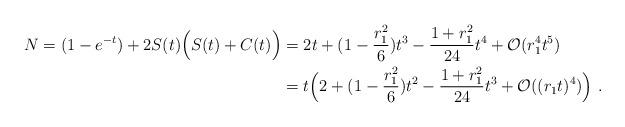
LaTeX: \begin{align*}N=(1-e^{-t})+2S(t)\Big(S(t)+C(t)\Big)&=2t+(1-\frac{r_1^2}{6})t^3-\frac{1+r_1^2}{24}t^4+\mathcal{O}(r_1^4t^5)\\&=t\Big(2+(1-\frac{r_1^2}{6})t^2-\frac{1+r_1^2}{24}t^3+\mathcal{O}((r_1t)^4)\Big)~.\end{align*}